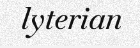
lyterian